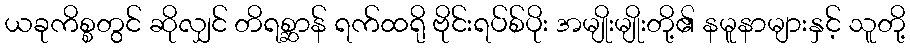
ယခုကိစ္စတွင် ဆိုလျှင် တိရစ္ဆာန် ရက်ထရို ဗိုင်းရပ်စ်ပိုး အမျိုးမျိုးတို့၏ နမူနာများနှင့် သူတို့